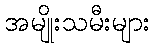
အမျိုးသမီးများ